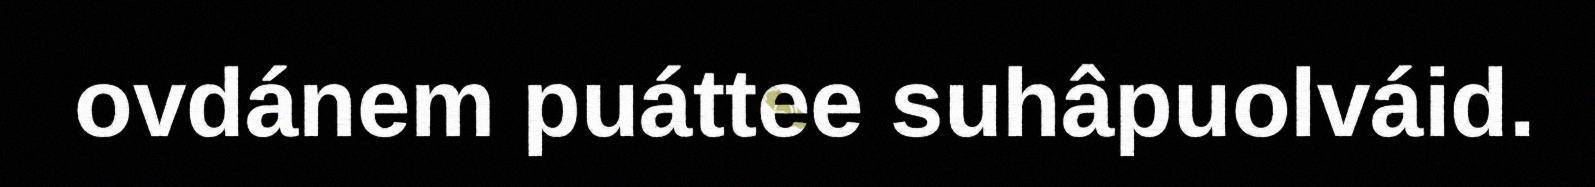
ovdánem puáttee suhâpuolváid.